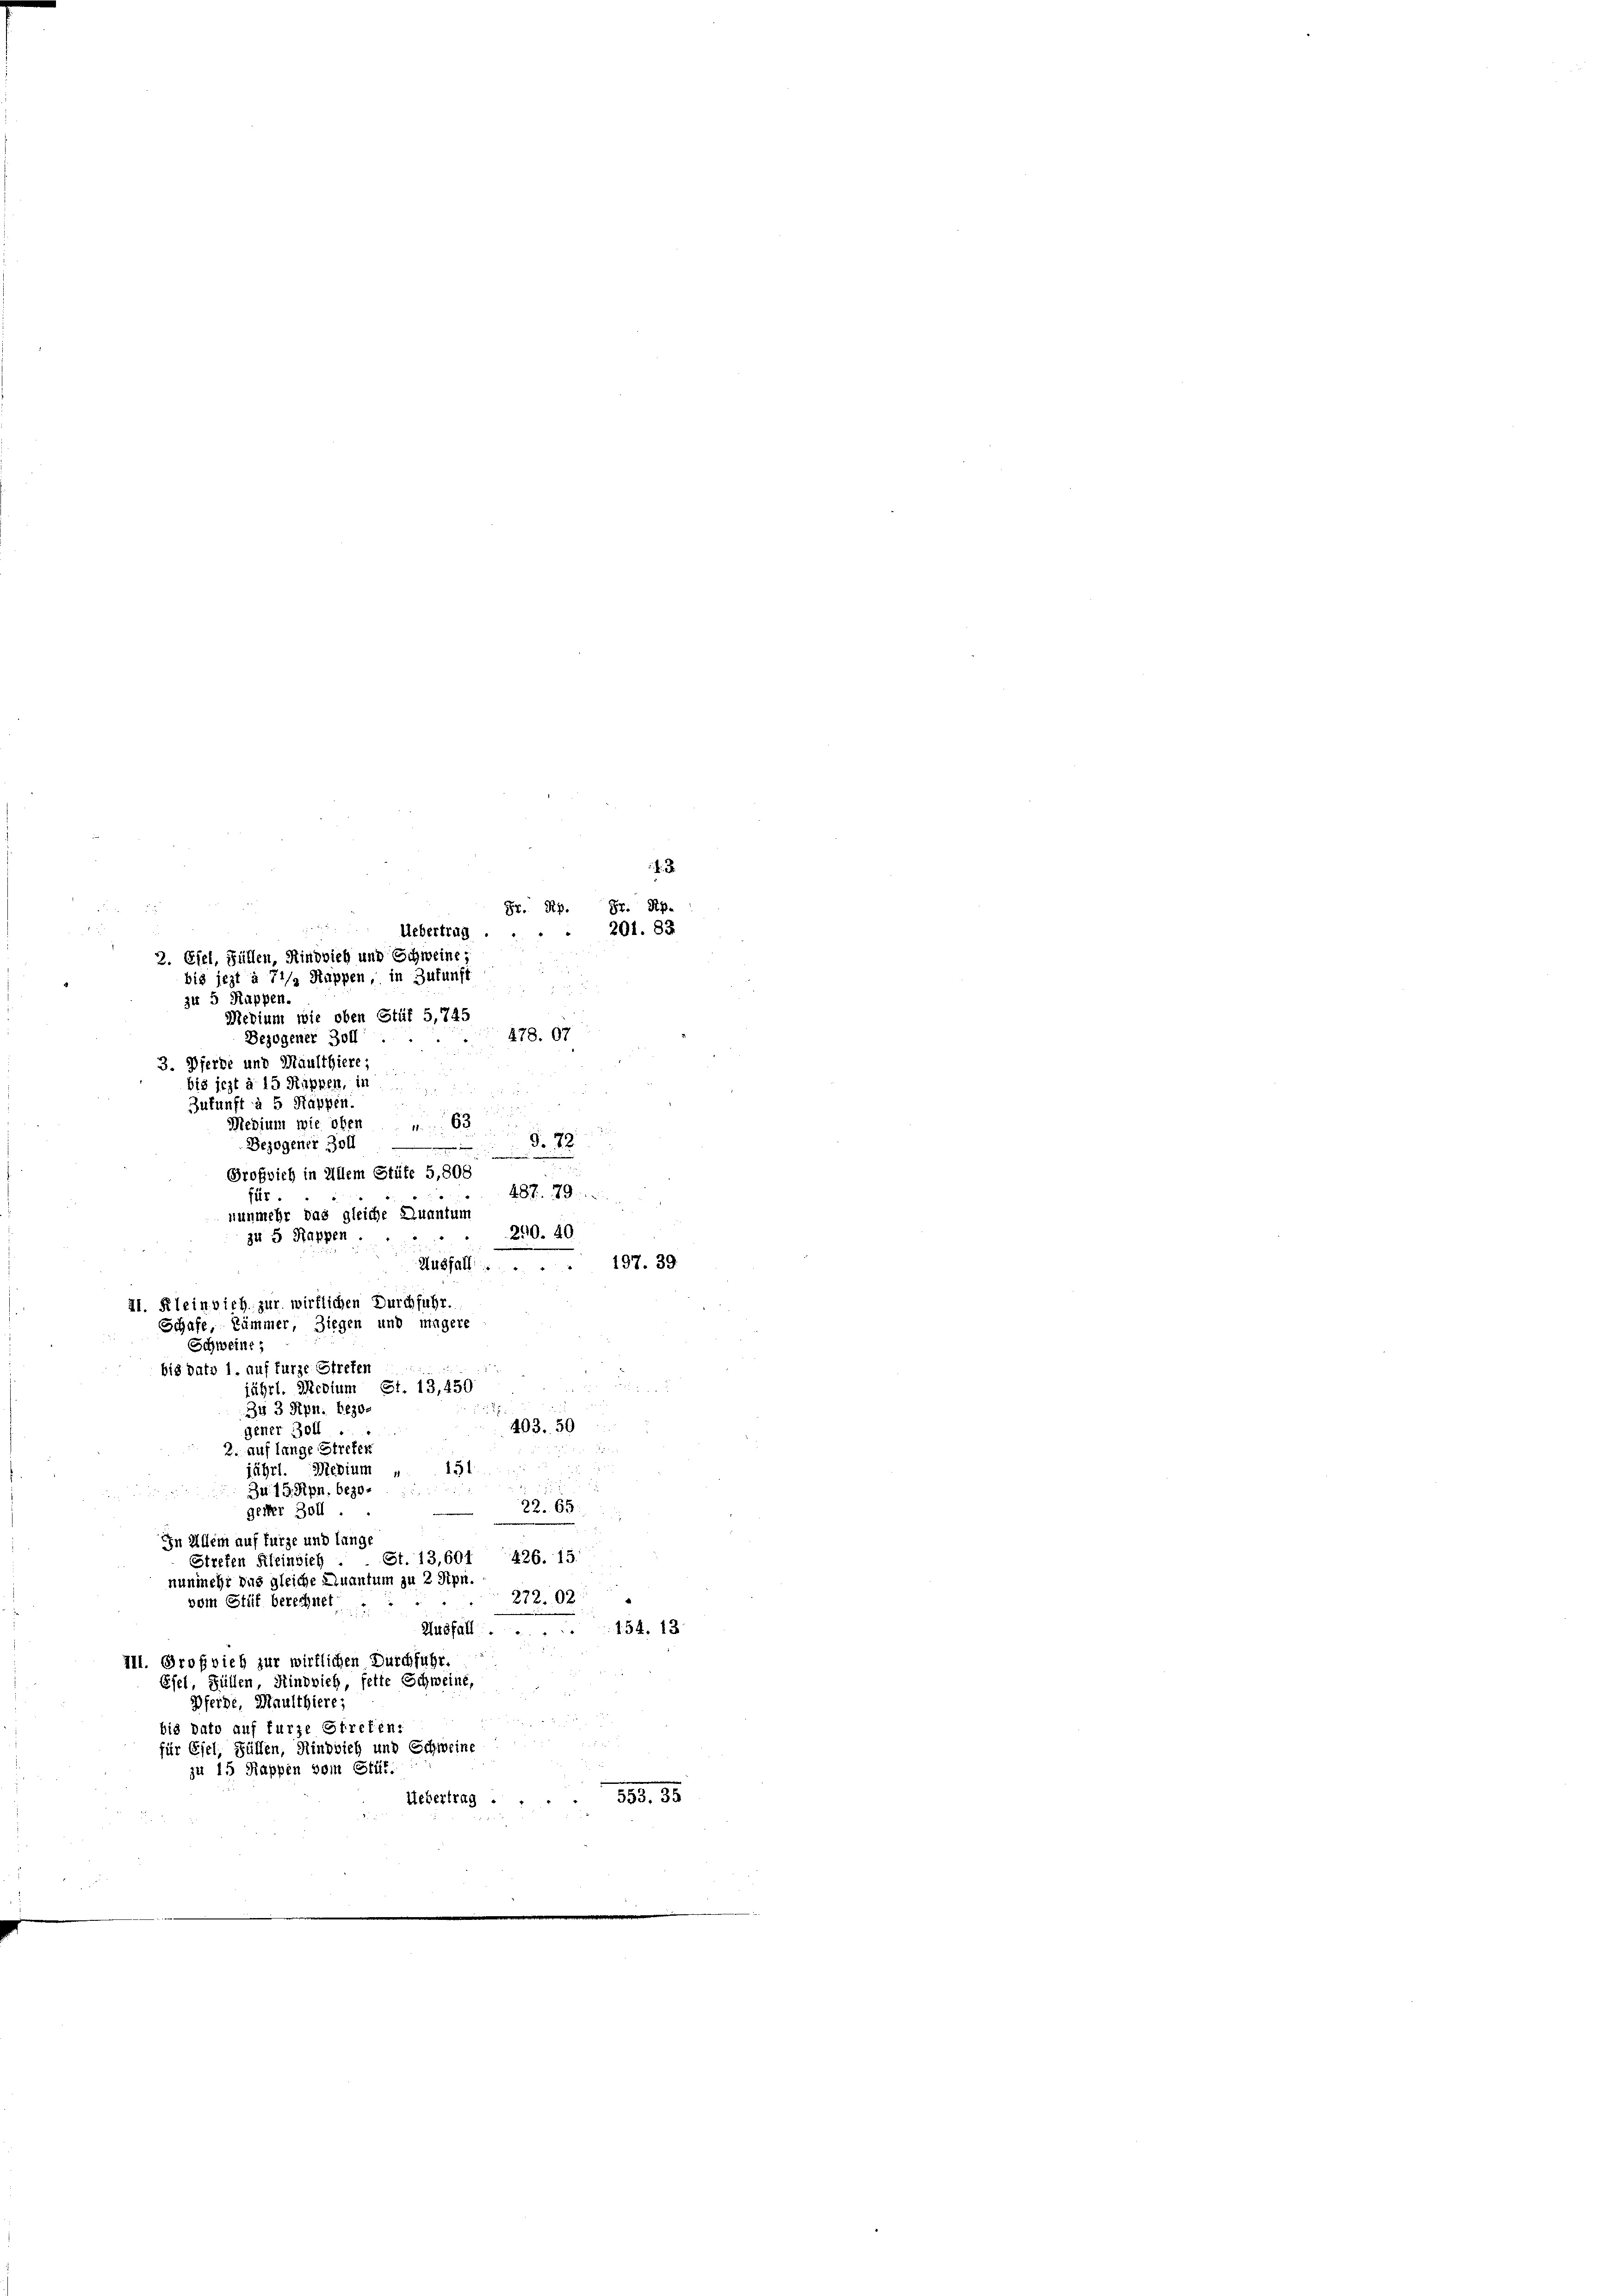
Medium wie oben Stüf 5,745
278. 67
Bezogener Zoll
3. Pferde und Maulthiere;
bis jezt à 15 Rippen, in
Zukunft à 5 Rappen
Medium wie oben u. 63 § 72
Bezogener Zoll
Großrich in Allem Stüte 5,808
487. 179
für.
nunmehr das gleiche Quantum
290. 40
zu 5 Rappen
Husfall. 197. 39.
jährl. Medium St. 13,450
34 3 Rpn. bezo¬
403. 50
gener Boll ..
2. auf lange Streten
151
jährt. Medium „
Zu 19. Rpn. bezo.
22. 65.

gester Boll.
IIn Allem auf fürze und lange
Streten Kleinsich . . St. 13,601 426. 15
nunmehr das gleiche Quantum zu 2 Rpn.
272. 92.
vom Stüf berechnet:
Husfall.
154. 13
III. Großvieh zur wirklichen Durchfuhr.
Efel, Füllen, Rindvieh, fette Schweine,
Pferde, Maulthiere
bis dato auf fürze Streben:
für Esel, Füllen, Rindvieh und Schweine
zu 15 Rappen vom Stüt
553. 35
Uebertrag .

3
Fr. Rp. St. Pip-
22
Uebertrag. 201. 83
2. Efel, Füllen, Rindvieh und Schweine-
bis jezt à 71/2 Rappen, in Zukunft
zu 5 Rappen.

II. Kleinvieh zur wirklichen Durchfuhr.
Schafe, Kämmer, Ziegen und magere
Schweinz
bis dato 1. auf fürze Streten